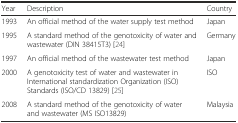
<table><thead><tr><td><b>Year</b></td><td><b>Description</b></td><td><b>Country</b></td></tr></thead><tbody><tr><td>1993</td><td>An official method of the water supply test method</td><td>Japan</td></tr><tr><td>1995</td><td>A standard method of the genotoxicity of water and wastewater (DIN 38415T3) [24]</td><td>Germany</td></tr><tr><td>1997</td><td>An official method of the wastewater test method</td><td>Japan</td></tr><tr><td>2000</td><td>A genotoxicity test of water and wastewater in International standardization Organization (ISO) Standards (ISO/CD 13829) [25]</td><td>ISO</td></tr><tr><td>2008</td><td>A standard method of the genotoxicity of water and wastewater (MS ISO13829)</td><td>Malaysia</td></tr></tbody></table>